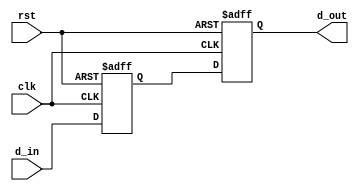
module synchronizer(clk,rst,d_in,d_out);

parameter Datawidth = 8;
parameter Width = 3;
parameter Depth = 8;


  input clk,rst;
  input [Width:0]d_in;
  output reg [Width:0]d_out;
  reg [Width:0] q1;
  always@(posedge clk or negedge rst) begin
    if(!rst) begin
      q1 <= 0;
      d_out <= 0;
    end
    else begin
      q1 <= d_in;
      d_out <= q1;
    end
  end
endmodule